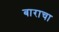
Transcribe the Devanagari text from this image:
बाराचा